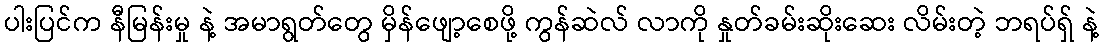
ပါးပြင်က နီမြန်းမှု နဲ့ အမာရွတ်တွေ မှိန်ဖျော့စေဖို့ ကွန်ဆဲလ် လာကို နှုတ်ခမ်းဆိုးဆေး လိမ်းတဲ့ ဘရပ်ရှ် နဲ့